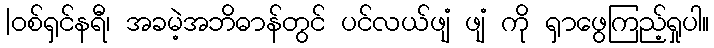
|ဝစ်ရှင်နရီ၊ အခမဲ့အဘိဓာန်တွင် ပင်လယ်ဖျံ ဖျံ ကို ရှာဖွေကြည့်ရှုပါ။